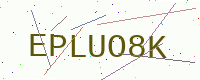
Text: EPLUO8K